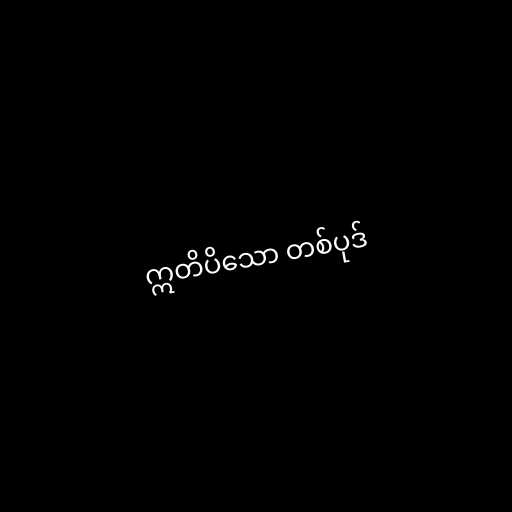
ဣတိပိသော တစ်ပုဒ်